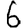
Digit: 6